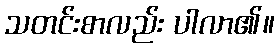
သတင်းစာလည်း ပါလာ၏။